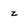
Character: z